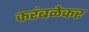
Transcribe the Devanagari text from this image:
करंबळेकर